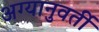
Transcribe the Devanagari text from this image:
अग्यानुवर्ती